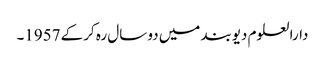
دارالعلوم دیوبند میں دو سال رہ کرکے 1957۔